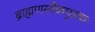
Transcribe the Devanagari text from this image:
ब्राह्मणस्यैकपुत्रकः